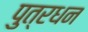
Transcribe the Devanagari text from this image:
पुत्रधन